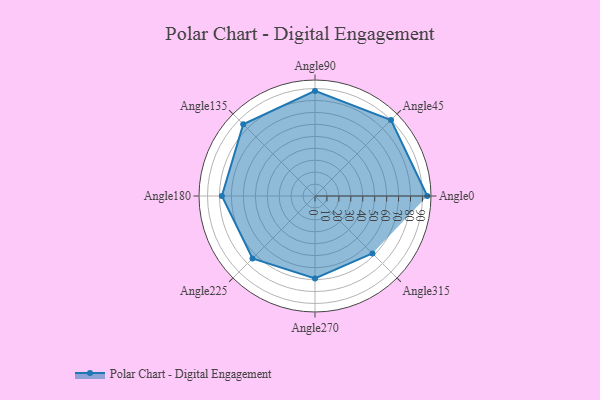
{"axis": {"x": "Angle", "y": "Radius"}, "legend": [""], "data": [{"x": "Angle0", "y": 94.0, "type": ""}, {"x": "Angle45", "y": 90.0, "type": ""}, {"x": "Angle90", "y": 88.0, "type": ""}, {"x": "Angle135", "y": 85.0, "type": ""}, {"x": "Angle180", "y": 78.0, "type": ""}, {"x": "Angle225", "y": 74.0, "type": ""}, {"x": "Angle270", "y": 69.0, "type": ""}, {"x": "Angle315", "y": 68.0, "type": ""}]}